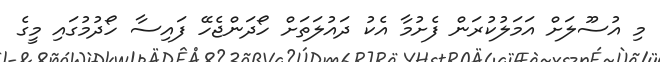
މި އުސޫލަށް އަމަލުކުރަން ފެށުމާ އެކު ދައުލަތަށް ހޯދަންޖެހޭ ފައިސާ ހޯދުމުގައި މީގެ